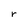
Character: r